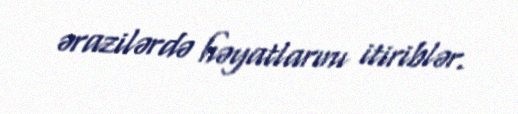
ərazilərdə həyatlarını itiriblər.